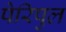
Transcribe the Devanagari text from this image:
पेरिपुल